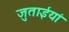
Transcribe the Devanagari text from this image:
जुताईयां